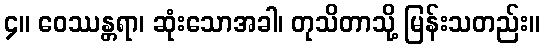
၄။ ဝေဿန္တရာ၊ ဆုံးသောအခါ၊ တုသိတာသို့ မြန်းသတည်း။